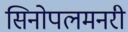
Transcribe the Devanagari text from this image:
सिनोपलमनरी